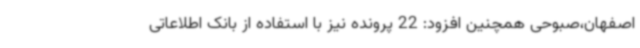
اصفهان،صبوحی همچنین افزود: 22 پرونده نیز با استفاده از بانک اطلاعاتی